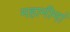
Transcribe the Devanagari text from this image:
महामीमां